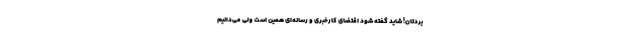
یردتان! شاید گفته شود اقتضای کارخبری و رسانه‌ای همین است ولی می‌دانیم